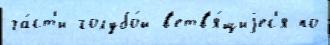
ча́ст'и голубо́й в'етв'я́щиjес'я по